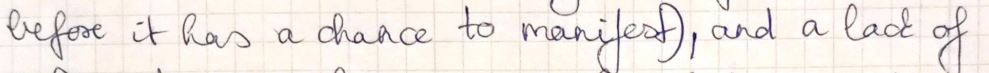
before it has a chance to manifest ), and a lack of